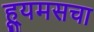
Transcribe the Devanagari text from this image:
ह्यूमसचा